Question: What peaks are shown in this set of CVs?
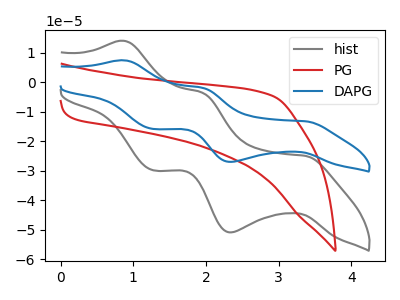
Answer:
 <answer>The gray curve "hist" has anodic peaks at (0.85V, 14.05uA) (1.95V, -3.55uA) and cathodic peaks at (3.35V, -25.00uA) (2.35V, -50.95uA) (1.25V, -29.85uA). The red curve "PG" has no peaks. The blue curve "DAPG" has anodic peaks at (0.85V, 7.45uA) (1.95V, -1.90uA) and cathodic peaks at (3.35V, -13.25uA) (2.35V, -27.00uA) (1.25V, -15.85uA).</answer>
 <eval></eval>